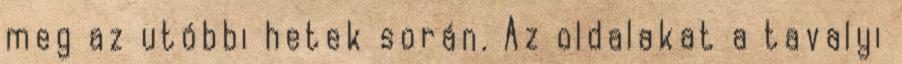
meg az utóbbi hetek során. Az oldalakat a tavalyi